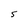
Character: 5